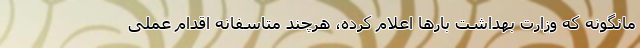
مانگونه که وزارت بهداشت بارها اعلام کرده، هرچند متاسفانه اقدام عملی